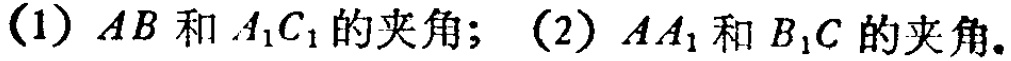
(1) \(AB\)和\(A_{1}C_{1}\)的夹角；(2) \(AA_{1}\)和\(B_{1}C\)的夹角。